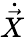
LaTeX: {\dot{\vec{X}}}